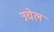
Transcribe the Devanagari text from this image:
त्रचेल